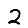
Digit: 2